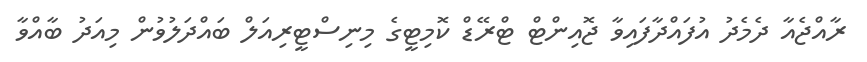
ރާއްޖެއާ ދެމެދު އުފައްދާފައިވާ ޖޮއިންޓް ޓްރޭޑް ކޮމިޓީގެ މިނިސްޓީރިއަލް ބައްދަލުވުން މިއަދު ބާއްވާ